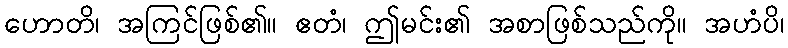
ဟောတိ၊ အကြင်ဖြစ်၏။ ဧတံ၊ ဤမင်း၏ အစာဖြစ်သည်ကို။ အဟံပိ၊